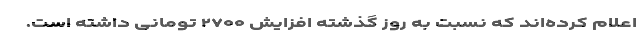
اعلام کرده‌اند که نسبت به روز گذشته افزایش ۲۷۰۰ تومانی داشته است.